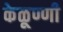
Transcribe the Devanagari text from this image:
केळूण्णी